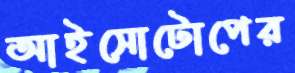
আইসোটোপের